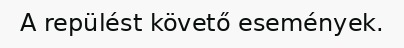
A repülést követő események.